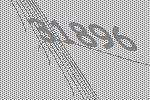
31896